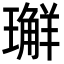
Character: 𭺅